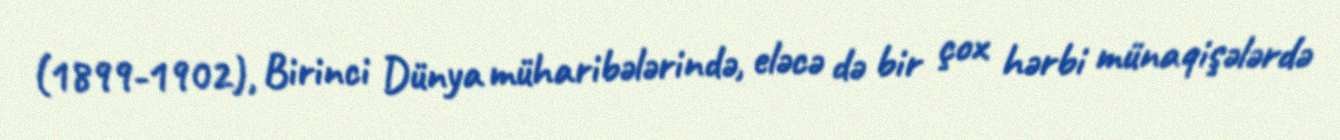
(1899-1902), Birinci Dünya müharibələrində, eləcə də bir çox hərbi münaqişələrdə